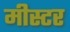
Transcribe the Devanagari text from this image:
मीस्टर